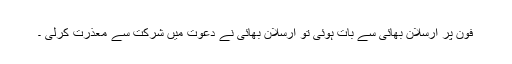
فون پر ارسلان بھائی سے بات ہوئی تو ارسلان بھائی نے دعوت میں شرکت سے معذرت کرلی ۔